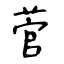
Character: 菅